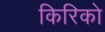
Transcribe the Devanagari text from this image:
किरिको